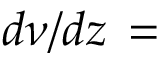
d \nu / d z \, =